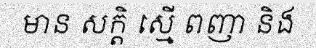
មាន សក្តិ ស្មើ ពញា និង